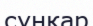
сұңқар